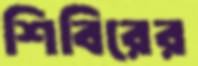
শিবিরের